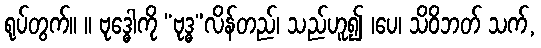
ရုပ်တွက်။ ။ ဗုဒ္ဓေါကို “ဗုဒ္ဓ”လိန်တည်၊ သည်ဟူ၍ ၊ပေ၊ သိဝိဘတ် သက်,